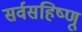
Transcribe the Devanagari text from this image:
सर्वसहिष्णू